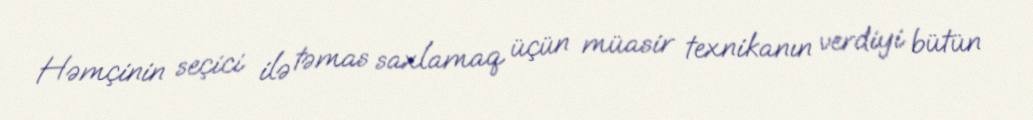
Həmçinin seçici ilə təmas saxlamaq üçün müasir texnikanın verdiyi bütün